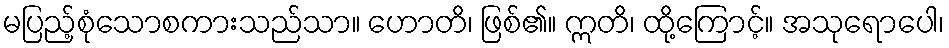
မပြည့်စုံသောစကားသည်သာ။ ဟောတိ၊ ဖြစ်၏။ ဣတိ၊ ထို့ကြောင့်။ အသုရောပေါ၊